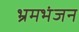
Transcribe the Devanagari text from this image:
भ्रमभंजन